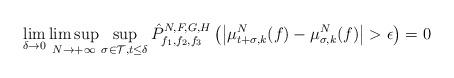
LaTeX: \begin{align*}\lim_{\delta\rightarrow 0}\limsup_{N\rightarrow+\infty}\sup_{\sigma\in\mathcal{T}, t\leq \delta}\hat{P}^{N,F,G,H}_{f_1, f_2, f_3}\left(\left|\mu^N_{t+\sigma, k}(f)-\mu^N_{\sigma,k}(f)\right|>\epsilon\right)=0\end{align*}